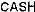
CASH